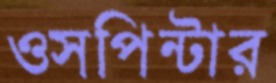
ওসপিন্টার